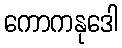
ကောကနုဒေါ